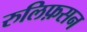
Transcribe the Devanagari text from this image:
रुलिफ़सन